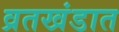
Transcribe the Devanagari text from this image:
व्रतखंडात